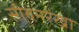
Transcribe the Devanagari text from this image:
सीवनरेखा